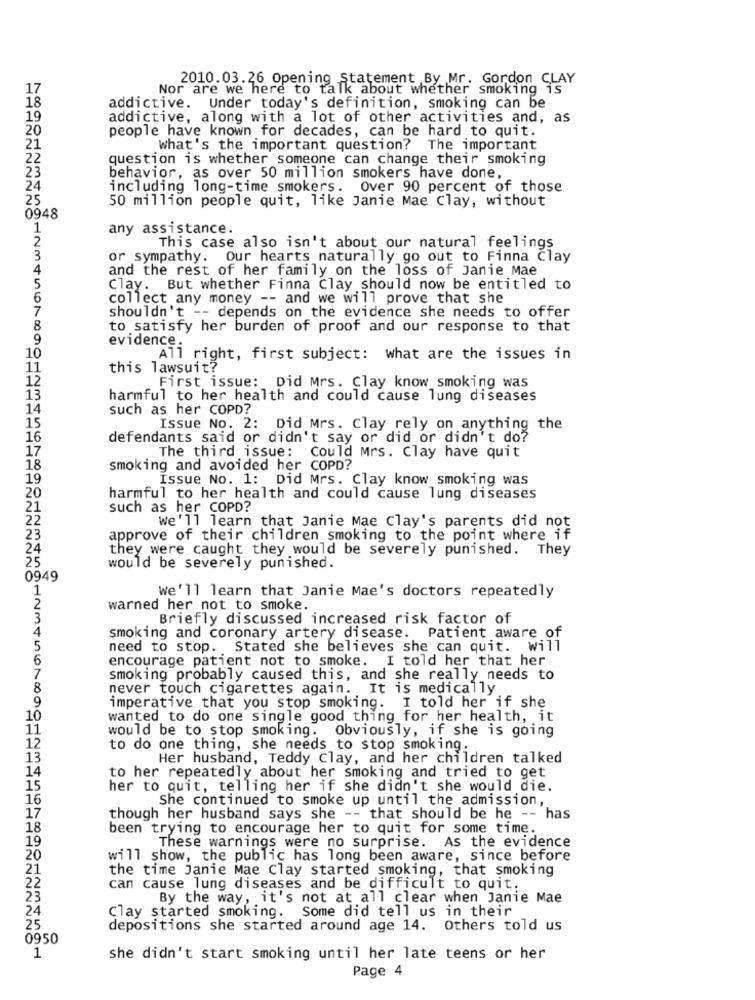
2010.03.26 Opening Statement By Mr. Gordon CLAY
17
Nor are we here to talk about whether smoking is
18
addictive. Under today's definition, smoking can be
19
addictive, along with a lot of other activities and, as
people have known for decades, can be hard to quit.
20
21
What's the important question? The important
22
question is whether someone can change their smoking
23
behavior, as over 50 million smokers have done,
24
including long-time smokers. Over 90 percent of those
25
50 million people quit, like Janie Mae Clay, without
0948
1
any assistance.
2
This case also isn't about our natural feelings
3
or sympathy. Our hearts naturally go out to Finna Clay
4
and the rest of her family on the loss of Janie Mae
5
Clay. But whether Finna Clay should now be entitled to
6
collect any money -- and we will prove that she
7
shouldn't -- depends on the evidence she needs to offer
8
to satisfy her burden of proof and our response to that
9
evidence.
10
All right, first subject: what are the issues in
11
this lawsuit?
12
First issue: Did Mrs. Clay know smoking was
13
harmful to her health and could cause lung diseases
14
such as her COPD?
15
Issue No. 2: Did Mrs. Clay rely on anything the
16
defendants said or didn't say or did or didn't do?
17
The third issue: Could Mrs. Clay have quit
18
smoking and avoided her COPD?
19
Issue No. 1: Did Mrs. Clay know smoking was
20
harmful to her health and could cause lung diseases
21
such as her COPD?
22
we'll learn that Janie Mae Clay's parents did not
23
approve of their children smoking to the point where if
24
they were caught they would be severely punished. They
25
would be severely punished.
0949
1
we'll learn that Janie Mae's doctors repeatedly
2
warned her not to smoke.
3
Briefly discussed increased risk factor of
4
smoking and coronary artery disease. Patient aware of
5
need to stop. Stated she believes she can quit. will
6
encourage patient not to smoke. I told her that her
7
smoking probably caused this, and she really needs to
8
never touch cigarettes again. It is medically
9
imperative that you stop smoking. I told her if she
10
wanted to do one single good thing for her health, it
11
would be to stop smoking. Obviously, if she is going
12
to do one thing, she needs to stop smoking.
13
Her husband, Teddy Clay, and her children talked
14
to her repeatedly about her smoking and tried to get
15
her to quit, telling her if she didn't she would die.
16
She continued to smoke up until the admission,
17
though her husband says she -- that should be he -- has
18
been trying to encourage her to quit for some time.
19
These warnings were no surprise. As the evidence
20
will show, the public has long been aware, since before
21
the time Janie Mae Clay started smoking, that smoking
22
can cause lung diseases and be difficult to quit.
23
By the way, it's not at all clear when Janie Mae
24
Clay started smoking. Some did tell us in their
25
depositions she started around age 14.
Others told us
0950
1
she didn't start smoking until her late teens or her
Page 4